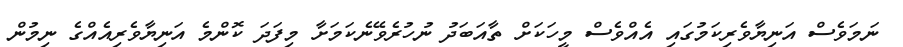
ނަމަވެސް އަނިޔާވެރިކަމުގައި އެއްވެސް މީހަކަށް ތާއަބަދު ނުހުރެވޭނެކަމަށާ މިފަދަ ކޮންމެ އަނިޔާވެރިއެއްގެ ނިމުން